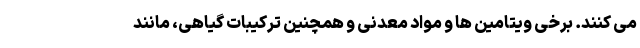
می کنند. برخی ویتامین ها و مواد معدنی و همچنین ترکیبات گیاهی، مانند